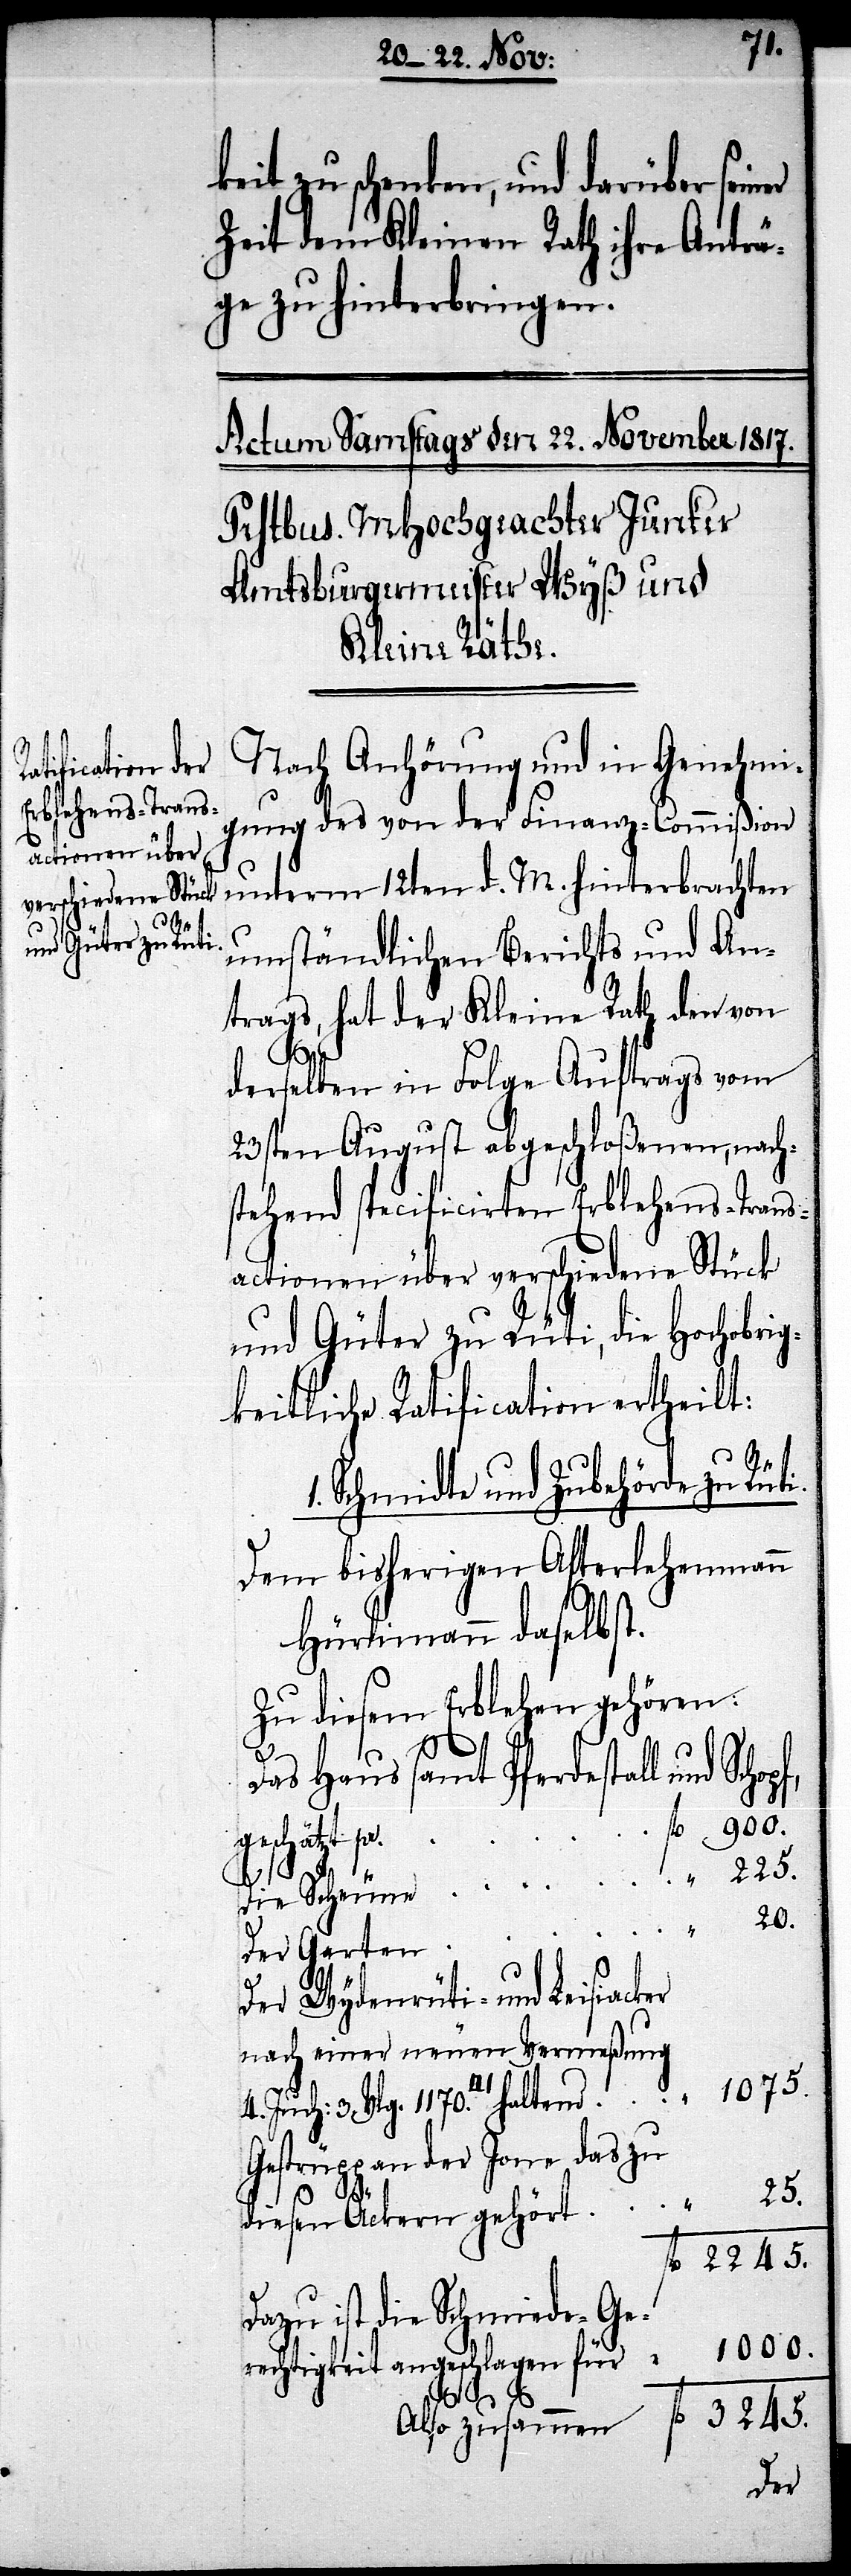
i.

Nach Anhörung und in Genehmi¬
gung des von der Finanz-Commißion
unterm 12ten d. M. hinterbrachten
umständlichen Berichts und An¬
trags, hat der Kleine Rath den von
derselben in Folge Auftrags vom
23sten August abgeschloßenen, nach¬
stehend specificirten Erblehens-Trans¬
actionen über verschiedene Stück
und Güter zu Rüti, die Hochobrig¬
keitliche Ratification ertheilt:
Schmidte und Zubehörde zu Rüt¬
Dem bisherigen Afterlehenmann
Hürlimann daselbst.
Zu diesem Erblehen gehören:
Das Haus samt Pferdestall und Schopf,
geschätzt pr.
Die Scheune
Der Wydenrüti- und Leisiacker
nach einer neuen Vermeßung
1075.
Gestrüpp an der Jone das zu
A¬
lso
3245.
fl. 2245.
Dazu ist die Schmiede-Ge¬
1000.
rechtigkeit anzuschlagen für
Der